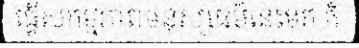
ធ្វើសកម្មភាពមនុស្សធម៌នេះមក ក៏